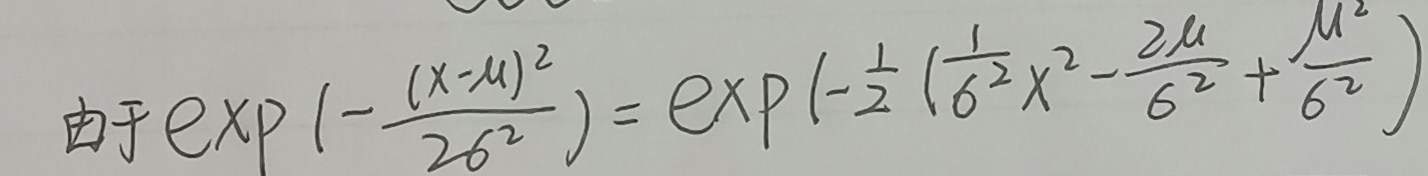
由于\(\exp\left(-\frac{(x - \mu)^2}{2\sigma^2}\right)=\exp\left(-\frac{1}{2}\left(\frac{1}{\sigma^2}x^2-\frac{2\mu}{\sigma^2}+\frac{\mu^2}{\sigma^2}\right)\right)\)